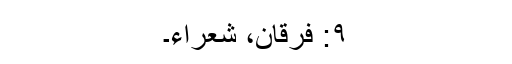
۹: فرقان، شعراء۔